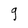
Character: g